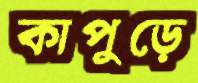
কাপুড়ে